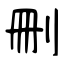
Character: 刪